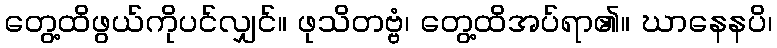
တွေ့ထိဖွယ်ကိုပင်လျှင်။ ဖုသိတဗ္ဗံ၊ တွေ့ထိအပ်ရာ၏။ ဃာနေနပိ၊